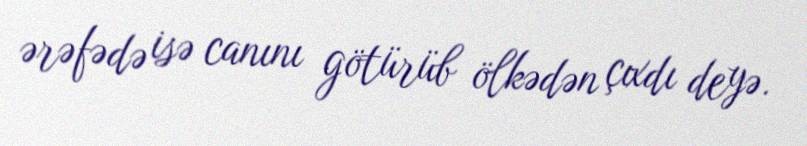
ərəfədə isə canını götürüb ölkədən çıxdı deyə.